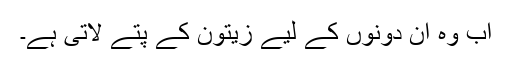
اب وہ ان دونوں کے لیے زیتون کے پتے لاتی ہے۔